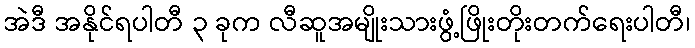
အဲဒီ အနိုင်ရပါတီ ၃ ခုက လီဆူအမျိုးသားဖွံ့ဖြိုးတိုးတက်ရေးပါတီ၊